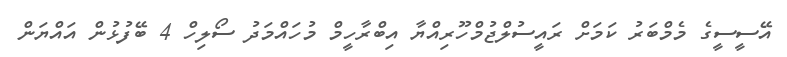
އޭސީސީގެ މެމްބަރު ކަމަށް ރައީސުލްޖުމްހޫރިއްޔާ އިބްރާހީމް މުހައްމަދު ސޯލިހް 4 ބޭފުޅުން އައްޔަން